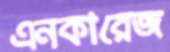
এনকারেজ